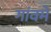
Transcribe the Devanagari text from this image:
गांवमें